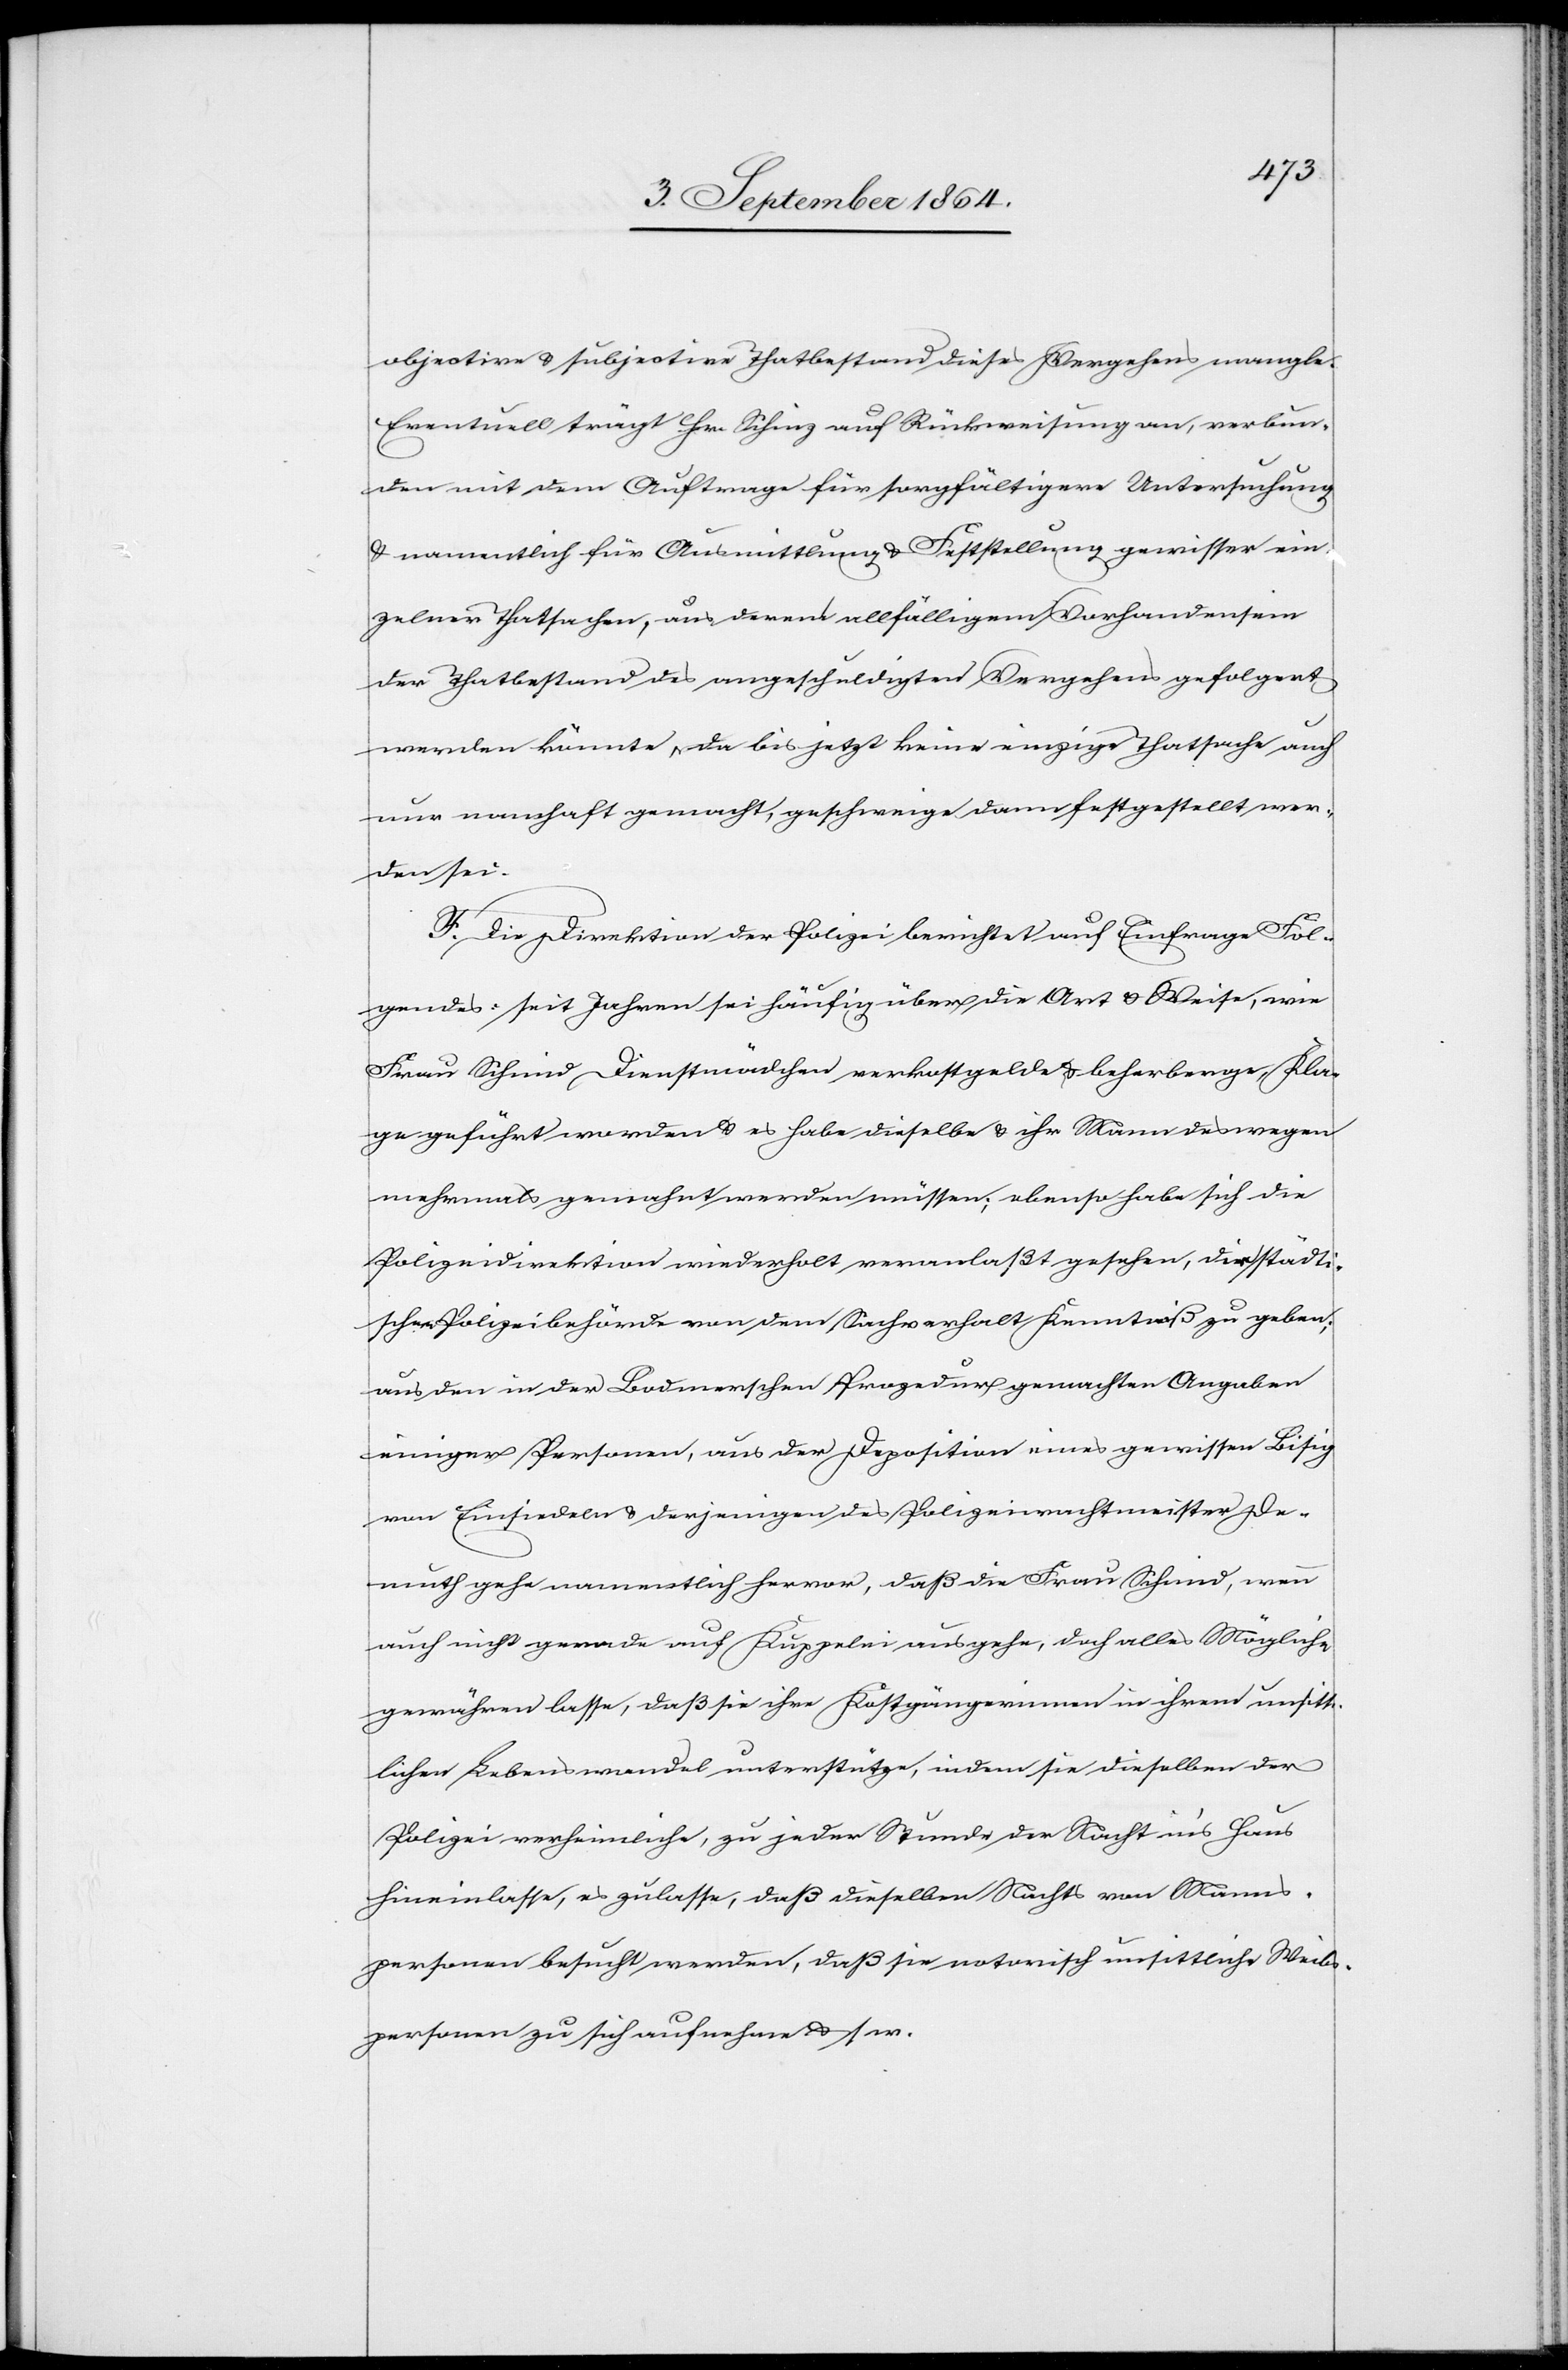
objective & subjective Thatbestand dieses Vergehens mangle.
Eventuell trägt Hr. Schinz auf Rückweisung an, verbun¬
den mit dem Auftrage für sorgfältigere Untersuchung
& namentlich für Ausmittlung & Festsetzung gewisser ein¬
zelner Thatsachen, aus deren allfälligem Vorhandensein
der Thatbestand des angeschuldigten Vergehens gefolgert
werden könnte, da bis jetzt keine einzige Thatsache auch
nur namhaft gemacht, geschweige festgestellt wor¬
den sei.
F. Die Direktion der Polizei berichtet auf Einfrage Fol¬
gendes: seit Jahren sei häufig über die Art & Weise, wie
Frau Schmid Dienstmädchen verkostgelde & beherberge Kla¬
ge geführt worden & es habe dieselbe & ihr Mann deswegen
mehrmals gemahnt werden müssen; ebenso habe sich die
Polizeidirektion wiederholt veranlaßt gesehen, der städti¬
schen Polizeibehörde von dem Sachverhalt Kenntniß zu geben;
aus den in der Bodmerschen Prozedur gemachten Angaben
einiger Personen, aus der Deposition eines gewissen Bisig
von Einsiedeln & derjenigen des Polizeiwachtmeister De¬
muth gehe namentlich hervor, daß die Frau Schmid, wenn
auch nicht gerade auf Kuppelei ausgehe, doch alles Mögliche
gewähren lasse, daß sie ihre Kostgängerinnen in ihrem unsitt¬
lichen Lebenswandel unterstütze, indem sie dieselben der
Polizei verheimliche, zu jeder Stunde der Nacht in’s Haus
hinein lasse, es zulasse, daß dieselben Nachts von Manns¬
personen besucht werden, daß sie notorisch unsittliche Weibs¬
personen zu sich aufnehme & s. w.